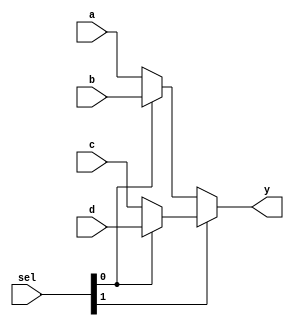
`timescale 1ns / 1ps


module mux4#(parameter mux_width= 32)(
    input [mux_width-1:0] a,b,c,d,
    input [1:0] sel,
    output [mux_width-1:0] y
    );
    
    assign y = sel[1] ? (sel[0] ? d : c) : (sel[0] ? b : a);
    
endmodule